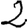
Digit: 2